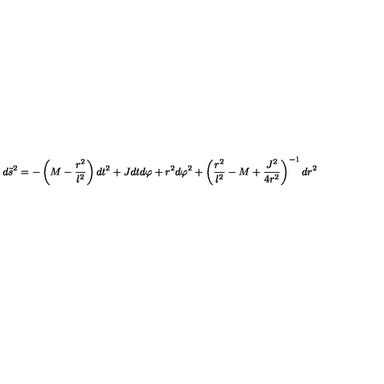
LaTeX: d { \tilde { s } } ^ { 2 } = - \left( M - \frac { r ^ { 2 } } { l ^ { 2 } } \right) d t ^ { 2 } + J d t d \varphi + r ^ { 2 } d \varphi ^ { 2 } + \left( \frac { r ^ { 2 } } { l ^ { 2 } } - M + \frac { J ^ { 2 } } { 4 r ^ { 2 } } \right) ^ { - 1 } d r ^ { 2 }